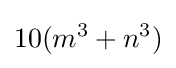
10(m^{3}+n^{3})